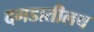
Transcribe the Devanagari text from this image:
दगडातीलच